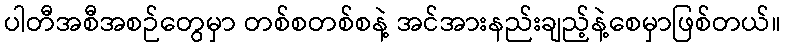
ပါတီအစီအစဉ်တွေမှာ တစ်စတစ်စနဲ့ အင်အားနည်းချည့်နဲ့စေမှာဖြစ်တယ်။